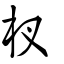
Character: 杈